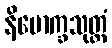
နိမောက္ခသုတ္တံ